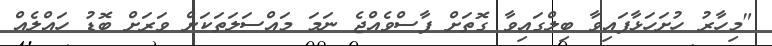
"މިހާރު ހުށަހަޅާފައިވާ ބިލްގައިވާ ގޮތަށް ފާސްވެއްޖެ ނަމަ މައްސަލަތަކަށް ވަރަށް ބޮޑު ހައްލެއް